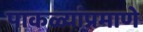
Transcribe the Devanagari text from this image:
पाकळ्यांप्रमाणे